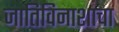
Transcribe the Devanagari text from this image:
जातिविनाशाचा